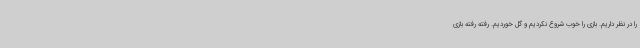
را در نظر داریم. بازی را خوب شروع نکردیم و گل خوردیم. رفته رفته بازی